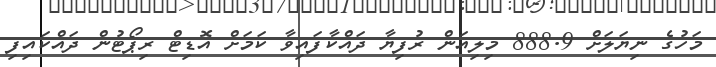
މަހުގެ ނިޔަލަށް 888.9 މިލިއަން ރުފިޔާ ދައްކާފައިވާ ކަމަށް އޮޑިޓް ރިޕޯޓުން ދައްކައިފި